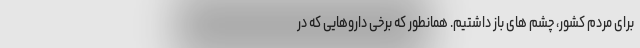
برای مردم کشور، چشم های باز داشتیم. همانطور که برخی داروهایی که در